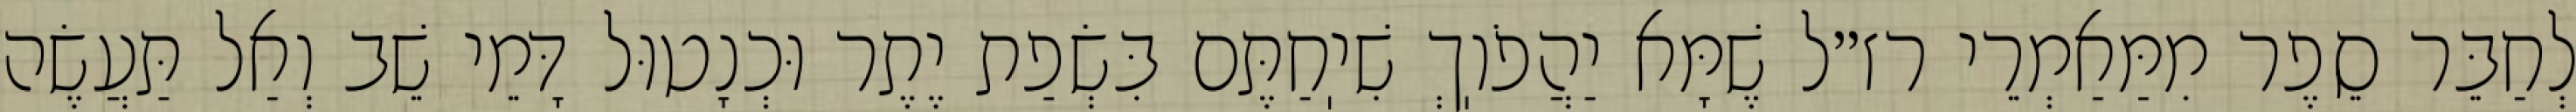
לְחַבֵּר סֵפֶר מִמַּאַמְרֵי רז״ל שֶׁמָּא יַהֲפֹוֽךְ שִׁיֽחַתֶּם בִּשְׂפַת יֶתֶר וּכְנָטוּל דָּמֵי שֵׁב וְאַל תַּעֲשֶׂה